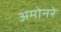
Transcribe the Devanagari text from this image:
अमोनरे